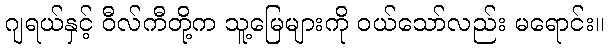
ဂျရယ်နှင့် ဝီလ်ကီတို့က သူ့မြေများကို ဝယ်သော်လည်း မရောင်း။